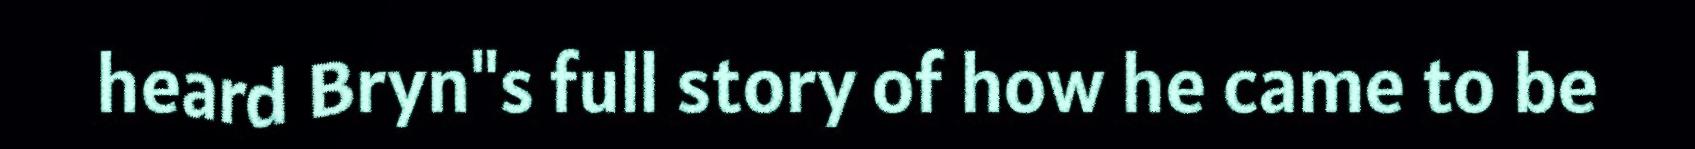
heard Bryn"s full story of how he came to be